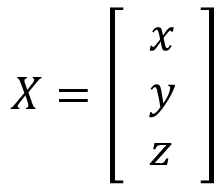
X = { \left[ \begin{array} { l } { x } \\ { y } \\ { z } \end{array} \right] }